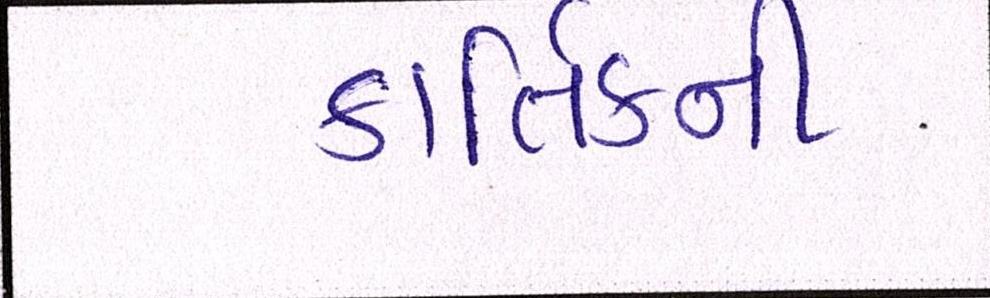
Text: કાર્તિકની